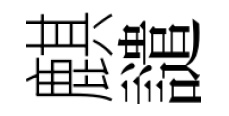
麒譴